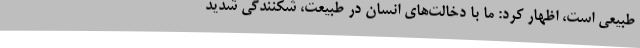
طبیعی است، اظهار کرد: ما با دخالت‌های انسان در طبیعت، شکنندگی شدید